Tartu_pedagoogiumi_aruanded, lk 23
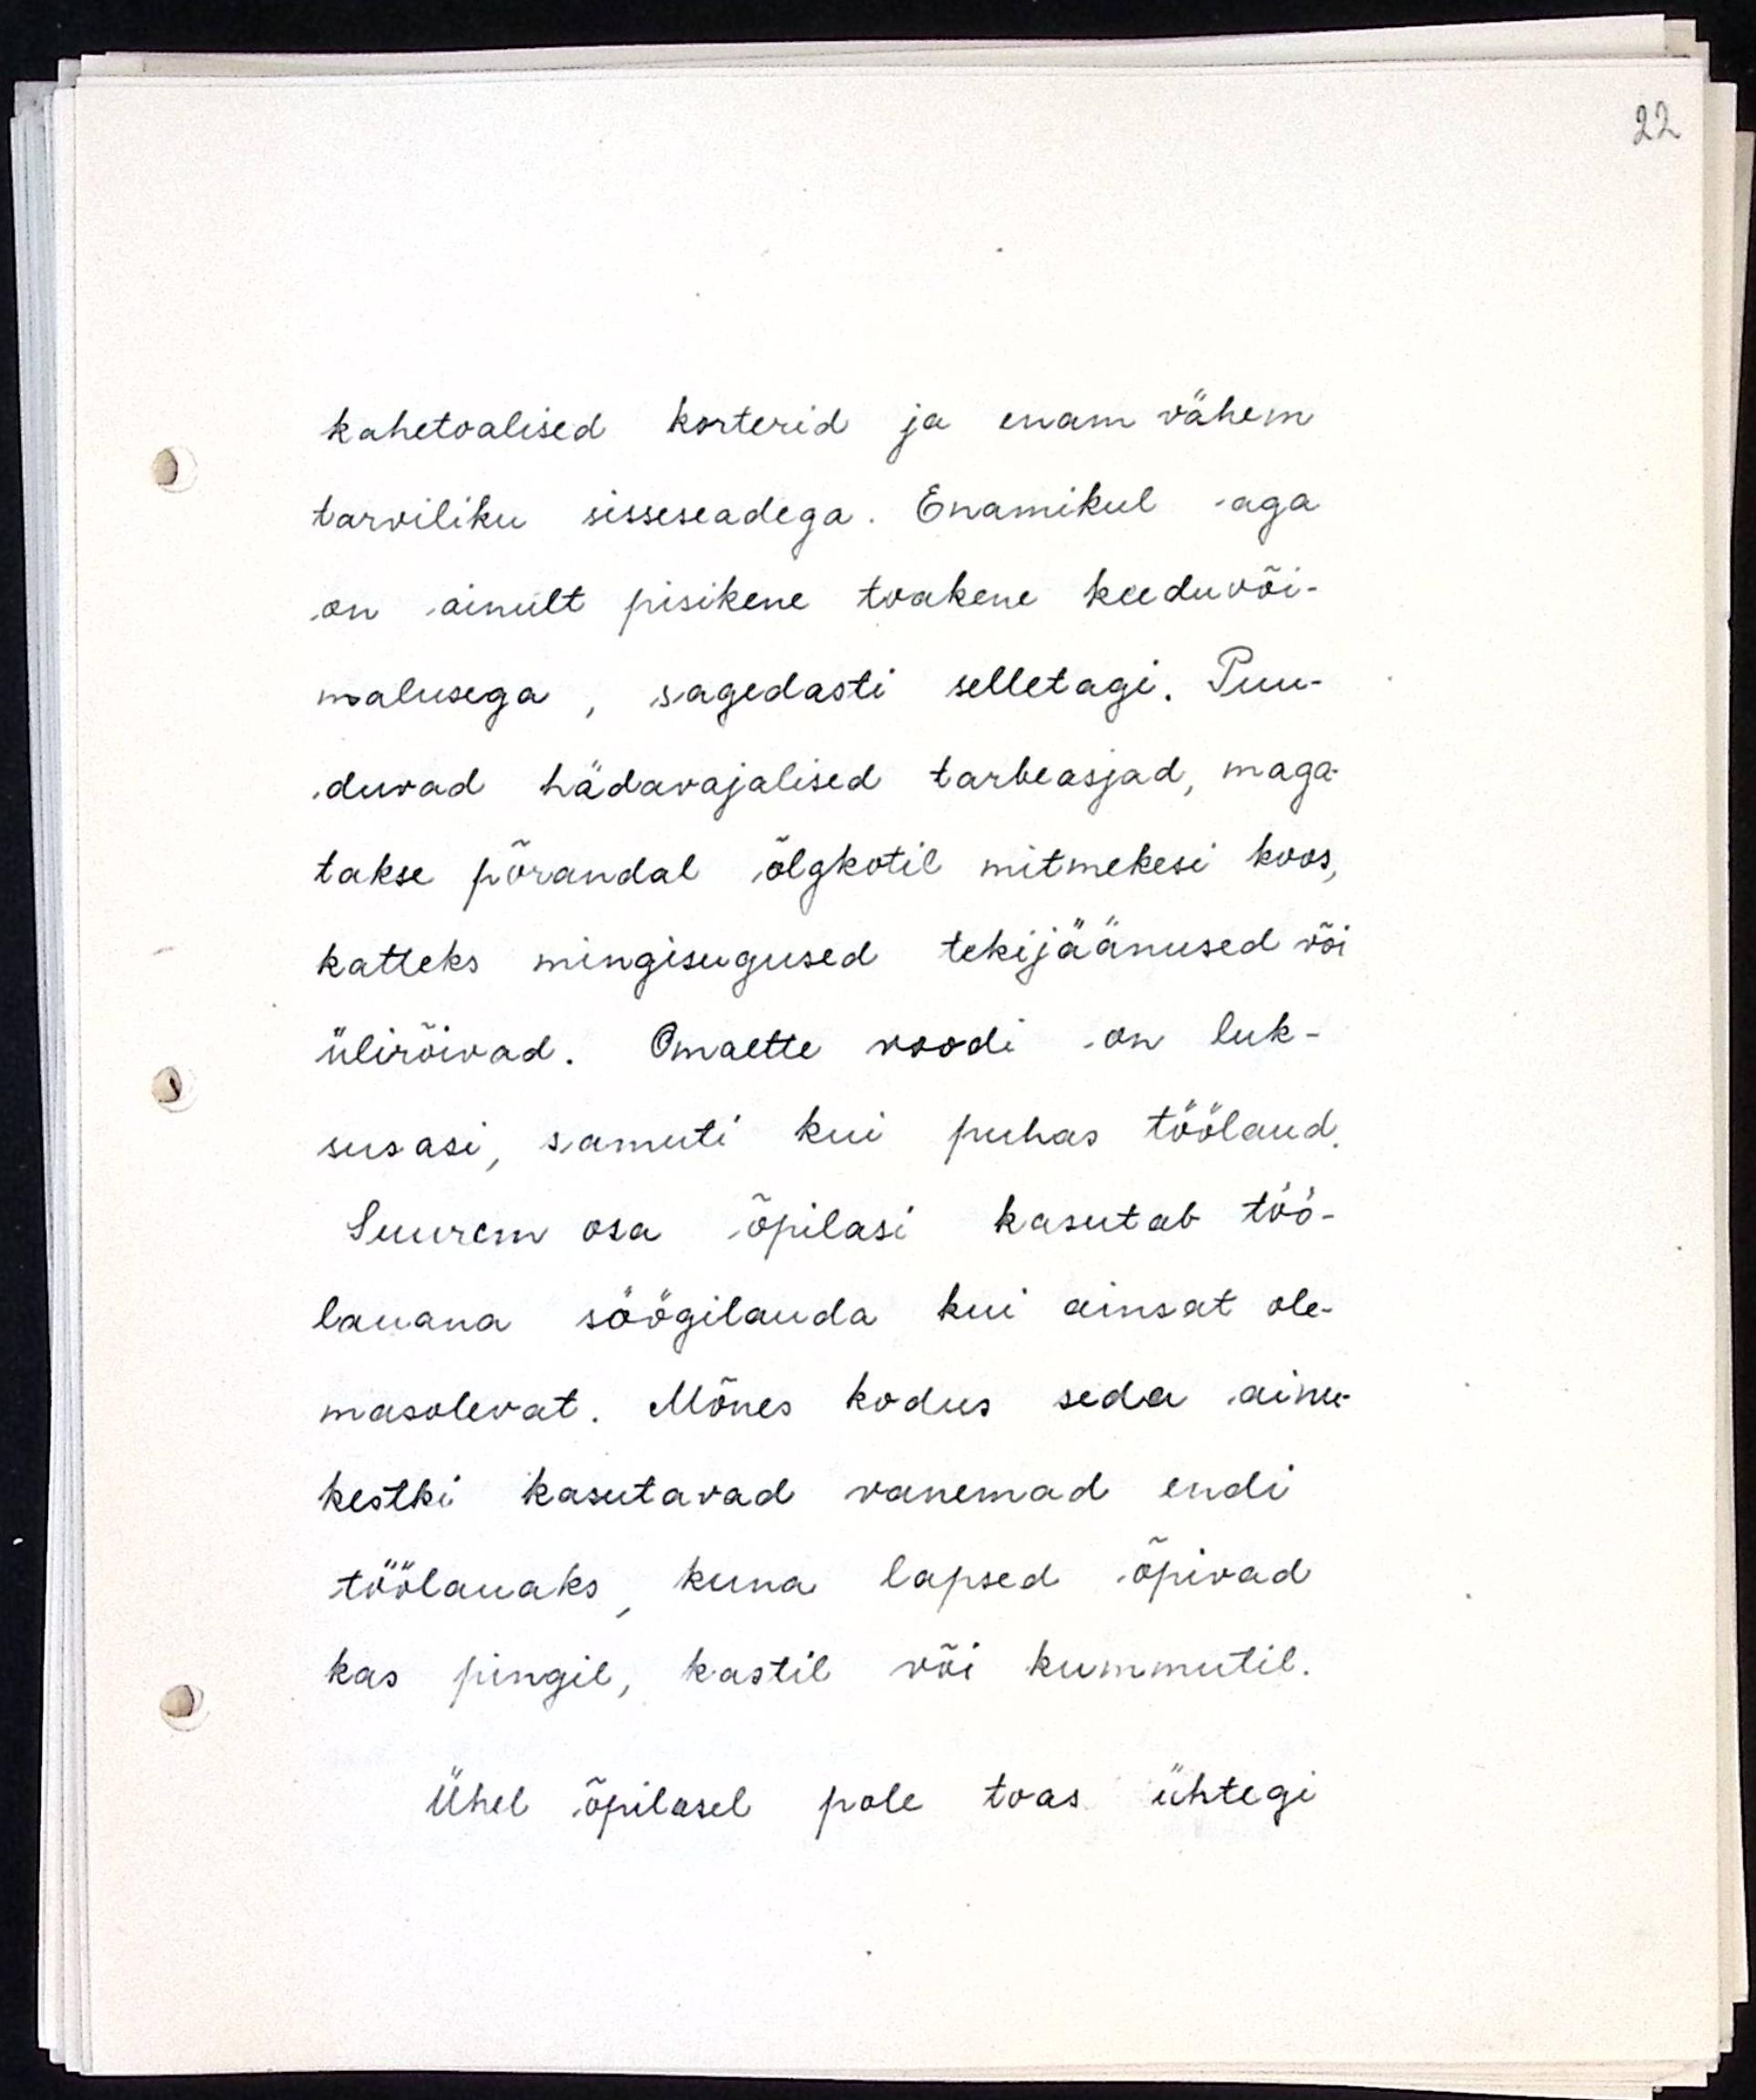
kahetoalised korterid ja enam vähem
tarviliku sisseseadega. Enamikul aga
on ainult pisikene toakene keeduvõi-
malusega, sagedasti selletagi. Puu-
duvad hädavajalised tarbeasjad, maga-
takse põrandal õlgkotil mitmekesi koos,
katteks mingisugused tekijäänused või
ülirõivad. Omaette voodi on luk-
susasi, samuti kui puhas töölaud.
Suurem osa õpilasi kasutab töö-
lauana söögilauda kui ainsat ole-
masolevat. Mõnes kodus seda ainu-
kestki kasutavad vanemad endi
töölauaks, kuna lapsed õpivad
kas pingil, kastil või kummutil.
Ühel õpilasel pole toas ühtegi